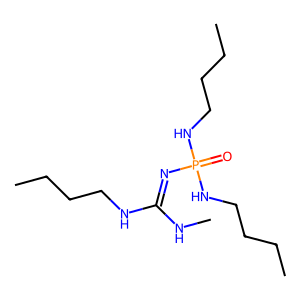
SMILES: CCCCNC(=NP(=O)(NCCCC)NCCCC)NC
Inhibits HIV replication: No